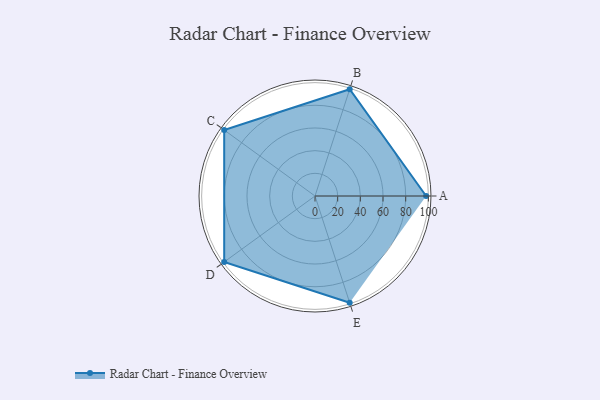
{"axis": {"x": "Skill", "y": "Score"}, "legend": ["Profile"], "data": [{"x": "A", "y": 98.0, "type": "Profile"}, {"x": "B", "y": 99, "type": "Profile"}, {"x": "C", "y": 99, "type": "Profile"}, {"x": "D", "y": 99, "type": "Profile"}, {"x": "E", "y": 99, "type": "Profile"}]}